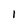
Character: l